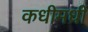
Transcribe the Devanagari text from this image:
कधीमधी